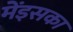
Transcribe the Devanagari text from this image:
मेंइसका